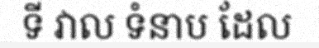
ទី វាល ទំនាប ដែល